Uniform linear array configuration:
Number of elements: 16
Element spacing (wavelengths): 1
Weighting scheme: kaiser
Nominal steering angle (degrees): -15
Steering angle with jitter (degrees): -15.453
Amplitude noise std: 0.05
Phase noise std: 0.05

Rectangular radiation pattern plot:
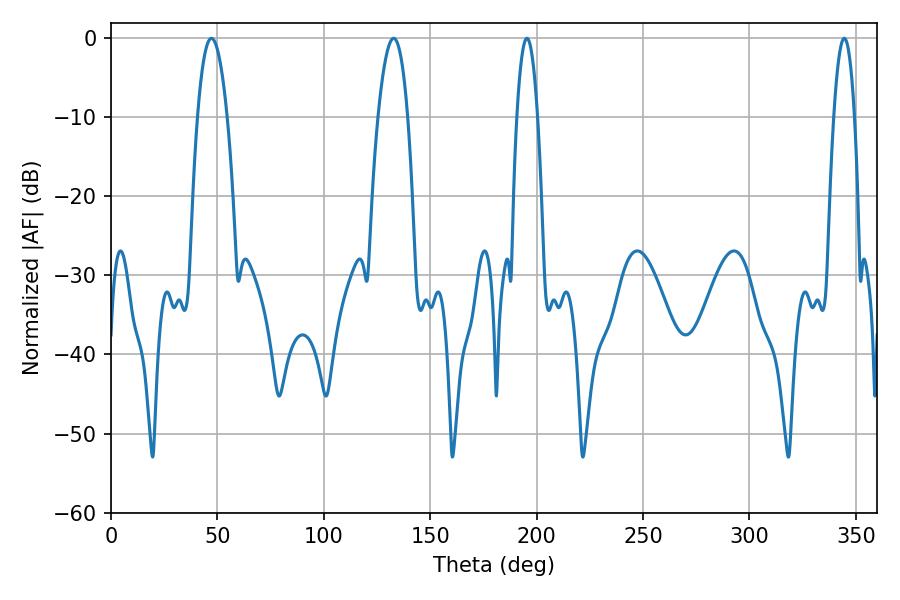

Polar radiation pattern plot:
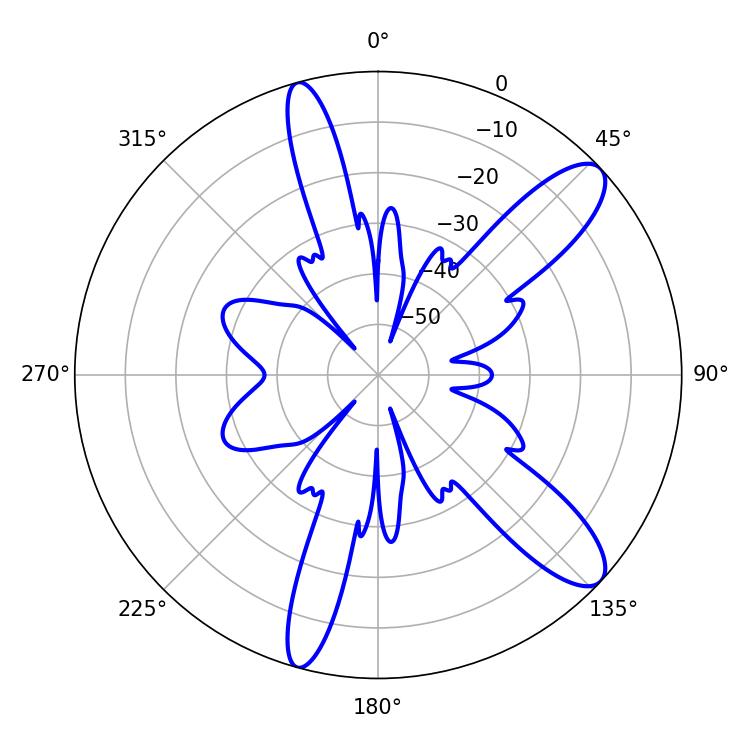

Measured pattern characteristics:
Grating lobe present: TRUE
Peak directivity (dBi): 11.034
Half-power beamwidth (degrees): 7.56
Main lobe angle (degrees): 47.16